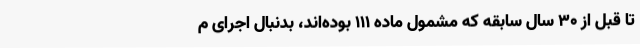
تا قبل از ۳۰ سال سابقه که مشمول ماده ۱۱۱ بوده‌اند، بدنبال اجرای م